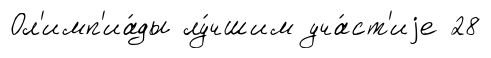
Ол'имп'иа́ды лу́чшим уча́ст'иjе 28